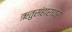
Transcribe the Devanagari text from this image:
ऋतुसंहारावर